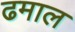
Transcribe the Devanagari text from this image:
ढमाल